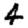
Digit: 4